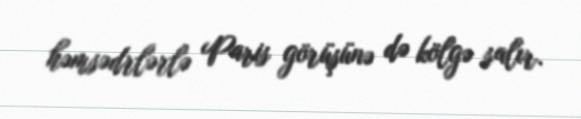
həmsədrlərlə Paris görüşünə də kölgə salır.